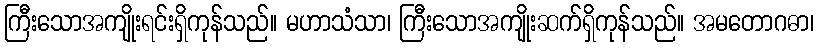
ကြီးသောအကျိုးရင်းရှိကုန်သည်။ မဟာသံသာ၊ ကြီးသောအကျိုးဆက်ရှိကုန်သည်။ အမတောဂဓာ၊